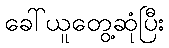
ခေါ်ယူတွေ့ဆုံပြီး